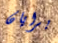
برايان